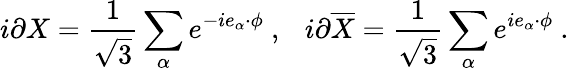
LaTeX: i\partial X={\frac{1}{\sqrt 3}}\sum_{\alpha}e^{-ie_{\alpha}\cdot\phi}~,~~~i\partial{\overline{{X}}}={\frac{1}{\sqrt 3}}\sum_{\alpha}e^{ie_{\alpha}\cdot\phi}~.